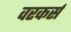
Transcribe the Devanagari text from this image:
वरकर्स